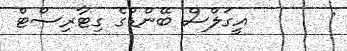
:       އީގަލްސް ބޭންޑުގެ ގިޓާރިސްޓް